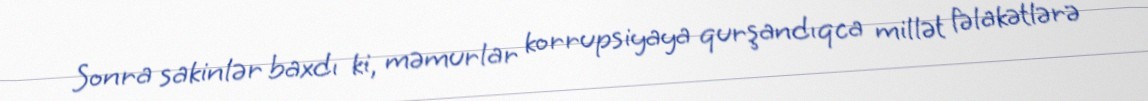
Sonra sakinlər baxdı ki, məmurlar korrupsiyaya qurşandıqca millət fəlakətlərə